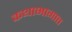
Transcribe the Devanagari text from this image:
कथाभागात